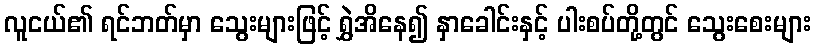
လူငယ်၏ ရင်ဘတ်မှာ သွေးများဖြင့် ရွှဲအိနေ၍ နှာခေါင်းနှင့် ပါးစပ်တို့တွင် သွေးစေးများ